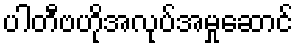
ပါတီဗဟိုအလုပ်အမှုဆောင်